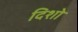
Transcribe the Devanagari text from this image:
दिशो